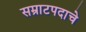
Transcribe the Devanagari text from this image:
सम्राटपदाचे